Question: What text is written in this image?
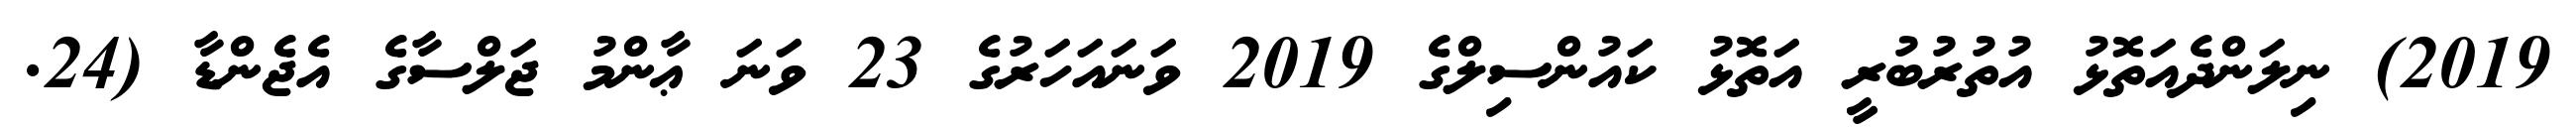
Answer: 2019) ނިލަންދެއަތޮޅު އުތުރުބުރީ އަތޮޅު ކައުންސިލްގެ 2019 ވަނައަހަރުގެ 23 ވަނަ ޢާންމު ޖަލްސާގެ އެޖެންޑާ (24.